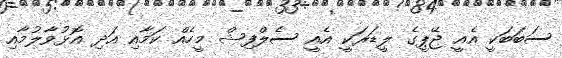
ސަބަބަކީ އެއީ ޖޭޕީގެ ލީޑަރަކީ އެއީ ސެލްފިޝް މީހެއް ކަމާއި އަދި އޮޅުވާލުމާއި